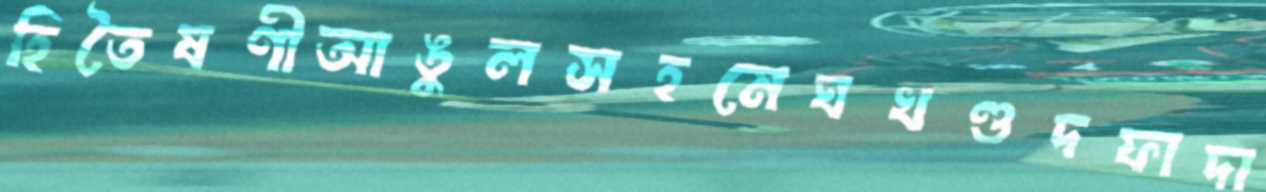
হিতৈষণীআঙুলসহমেঘখণ্ডদফাদা